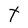
Character: t